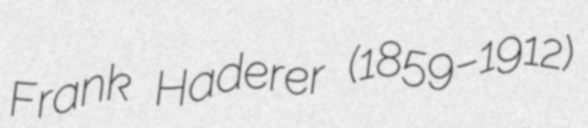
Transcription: Frank Haderer (1859–1912)